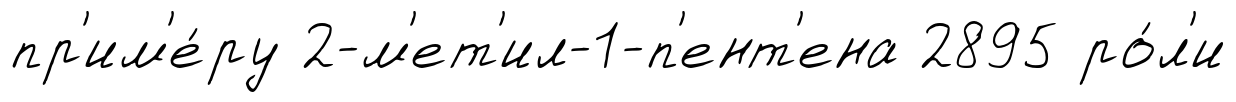
пр'им'е́ру 2-м'ет'ил-1-п'ент'ена 2895 ро́л'и